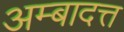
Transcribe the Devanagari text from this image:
अम्बादत्त